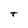
Character: t